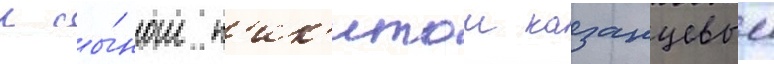
с сы́ном н'ик'итои казанцевым